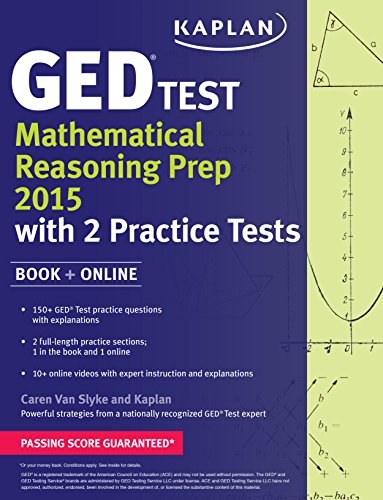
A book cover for Kaplan GED Test Mathematical Reasoning Prep 2015: Book + Online (Kaplan Test Prep); Caren Van Slyke; Test Preparation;